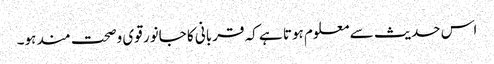
اس حدیث سے معلوم ہوتا ہے کہ قربانی کا جانور قوی وصحت مند ہو۔